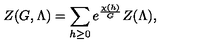
Z ( G , \Lambda ) = \sum _ { h \geq 0 } e ^ { \frac { \chi ( h ) } { G } } Z ( \Lambda ) ,